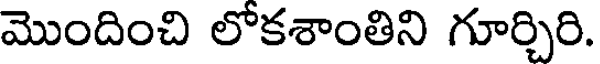
మొందించి లోకశాంతిని గూర్చిరి.